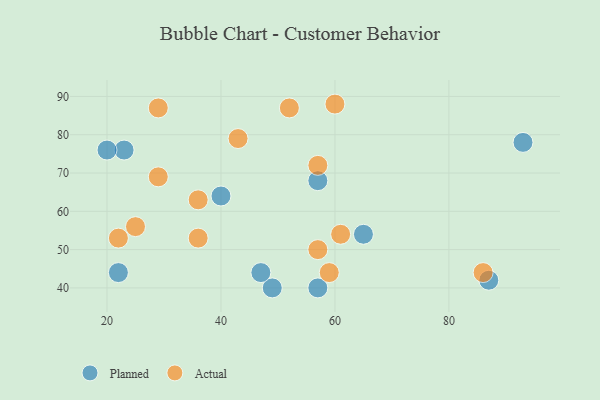
{"axis": {"x": "GDP", "y": "Life Expectancy"}, "legend": ["Actual", "Planned"], "data": [{"x": "87", "y": 42, "type": "Planned"}, {"x": "57", "y": 40, "type": "Planned"}, {"x": "93", "y": 78, "type": "Planned"}, {"x": "23", "y": 76, "type": "Planned"}, {"x": "49", "y": 40, "type": "Planned"}, {"x": "57", "y": 68, "type": "Planned"}, {"x": "40", "y": 64, "type": "Planned"}, {"x": "47", "y": 44, "type": "Planned"}, {"x": "22", "y": 44, "type": "Planned"}, {"x": "20", "y": 76, "type": "Planned"}, {"x": "65", "y": 54, "type": "Planned"}, {"x": "60", "y": 88, "type": "Actual"}, {"x": "29", "y": 87, "type": "Actual"}, {"x": "36", "y": 63, "type": "Actual"}, {"x": "25", "y": 56, "type": "Actual"}, {"x": "43", "y": 79, "type": "Actual"}, {"x": "36", "y": 53, "type": "Actual"}, {"x": "29", "y": 69, "type": "Actual"}, {"x": "86", "y": 44, "type": "Actual"}, {"x": "22", "y": 53, "type": "Actual"}, {"x": "59", "y": 44, "type": "Actual"}, {"x": "57", "y": 72, "type": "Actual"}, {"x": "52", "y": 87, "type": "Actual"}, {"x": "61", "y": 54, "type": "Actual"}, {"x": "57", "y": 50, "type": "Actual"}]}